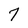
Character: 7